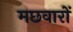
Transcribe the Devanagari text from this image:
मछवारों